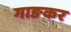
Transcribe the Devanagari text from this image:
गाङकर